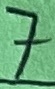
Text: 7